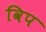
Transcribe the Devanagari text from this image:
विप